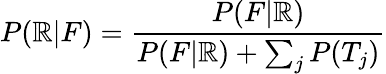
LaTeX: P(\mathbb{R}|F)={\frac{{P(F|\mathbb{R})}}{{P(F|\mathbb{R})+\sum_{j}{P(T_{j})}}}}